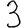
Digit: 3